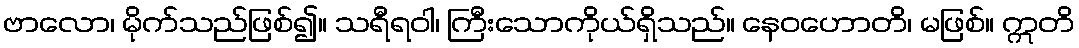
ဗာလော၊ မိုက်သည်ဖြစ်၍။ သရီရဝါ၊ ကြီးသောကိုယ်ရှိသည်။ နေဝဟောတိ၊ မဖြစ်။ ဣတိ